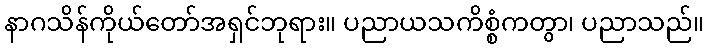
နာဂသိန်ကိုယ်တော်အရှင်ဘုရား။ ပညာယသကိစ္စံကတွာ၊ ပညာသည်။